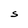
Character: S